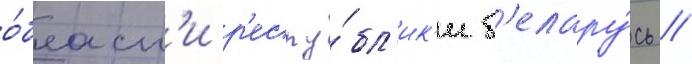
о́бласт'и р'еспу́бл'ик'и б'елару́сь //